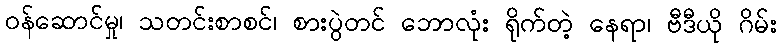
ဝန်ဆောင်မှု၊ သတင်းစာစင်၊ စားပွဲတင် ဘောလုံး ရိုက်တဲ့ နေရာ၊ ဗီဒီယို ဂိမ်း